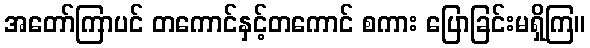
အတော်ကြာပင် တကောင်နှင့်တကောင် စကား ပြောခြင်းမရှိကြ။